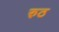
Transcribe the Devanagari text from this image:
रुठ